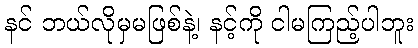
နင် ဘယ်လိုမှမဖြစ်နဲ့၊ နင့်ကို ငါမကြည့်ပါဘူး